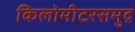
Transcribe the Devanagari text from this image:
किलोमीटरसमुद्र